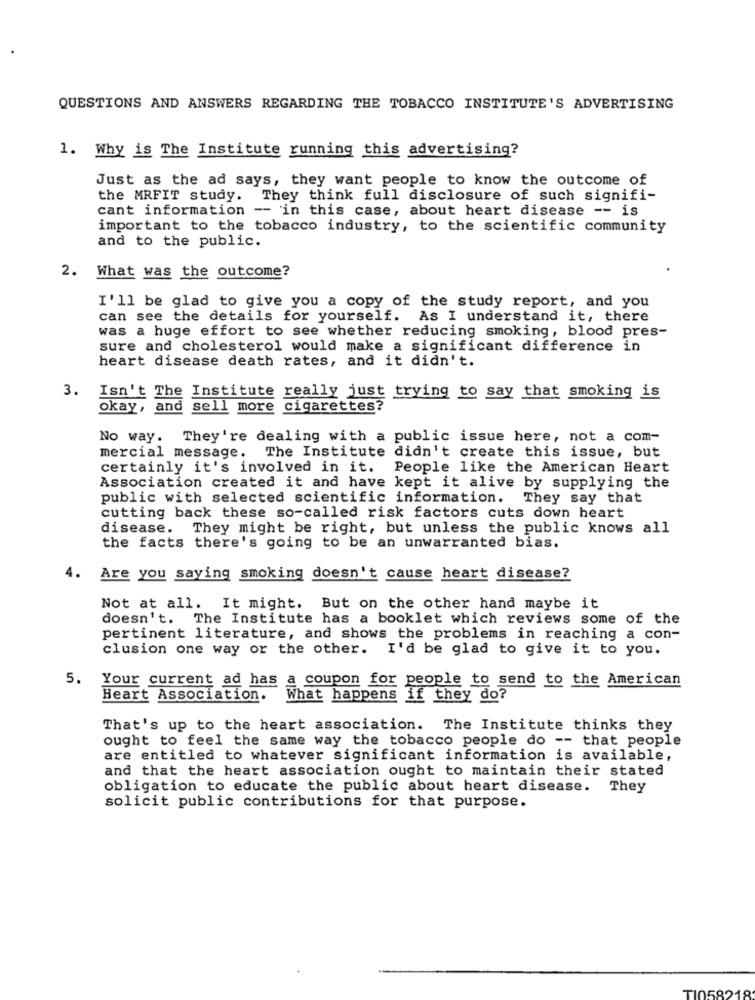
QUESTIONS AND ANSWERS REGARDING THE TOBACCO INSTITUTE'S ADVERTISING
1. Why is The Institute running this advertising?
Just as the ad says, they want people to know the outcome of
the MRFIT study. They think full disclosure of such signifi-
cant information -- in this case, about heart disease -- is
important to the tobacco industry, to the scientific community
and to the public.
2. What was the outcome?
I'll be glad to give you a copy of the study report, and you
can see the details for yourself. As I understand it, there
was a huge effort to see whether reducing smoking, blood pres-
sure and cholesterol would make a significant difference in
heart disease death rates, and it didn't.
3.
Isn't The Institute really just trying to say that smoking is
okay, and sell more
cigarettes?
No way. They're dealing with a public issue here, not a com-
mercial message. The Institute didn't create this issue, but
certainly it's involved in it. People like the American Heart
Association created it and have kept it alive by supplying the
public with selected scientific information. They say that
cutting back these so-called risk factors cuts down heart
disease.
They might be right, but unless the public knows all
the facts there's going to be an unwarranted bias.
4.
Are you saying smoking doesn't cause heart disease?
Not at all. It might. But on the other hand maybe it
doesn't. The Institute has a booklet which reviews some of the
pertinent literature, and shows the problems in reaching a con-
clusion one way or the other. I'd be glad to give it to you.
5. Your current ad has a coupon for people to send to the American
Heart Association.
What happens if they do?
That's up to the heart association. The Institute thinks they
ought to feel the same way the tobacco people do -- that people
are entitled to whatever significant information is available,
and that the heart association ought to maintain their stated
obligation to educate the public about heart disease. They
solicit public contributions for that purpose.
TI058218